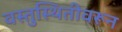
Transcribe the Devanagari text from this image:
वस्तुस्थितीवरून